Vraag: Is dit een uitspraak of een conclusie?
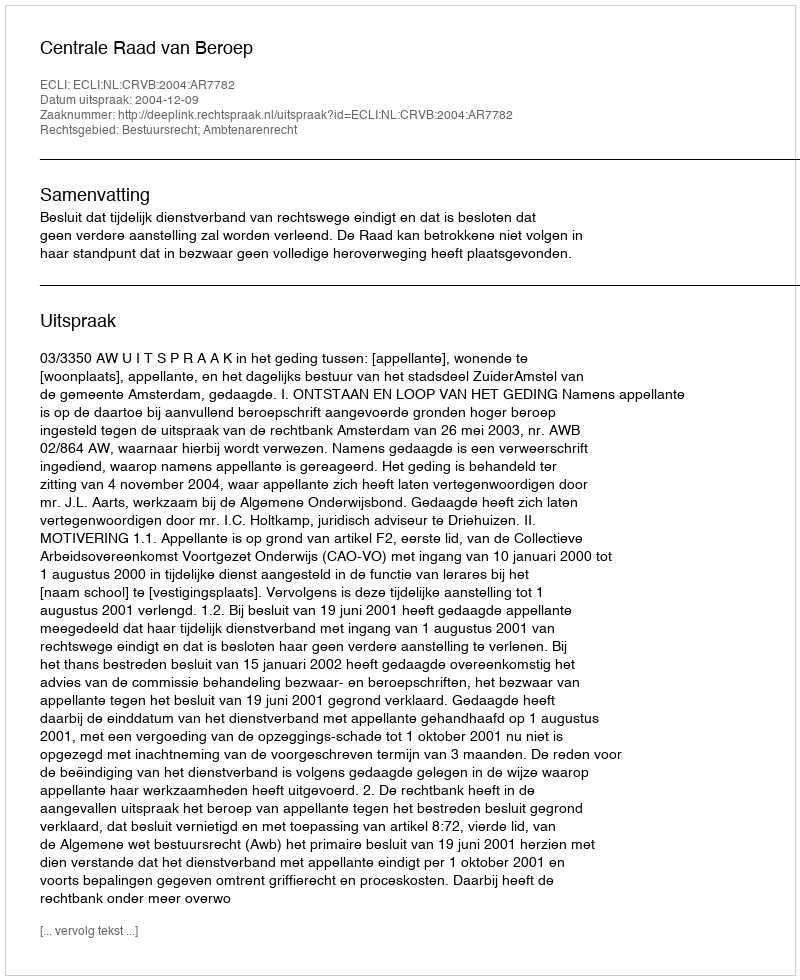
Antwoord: Uitspraak